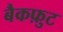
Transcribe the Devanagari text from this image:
बैकफ़ुट